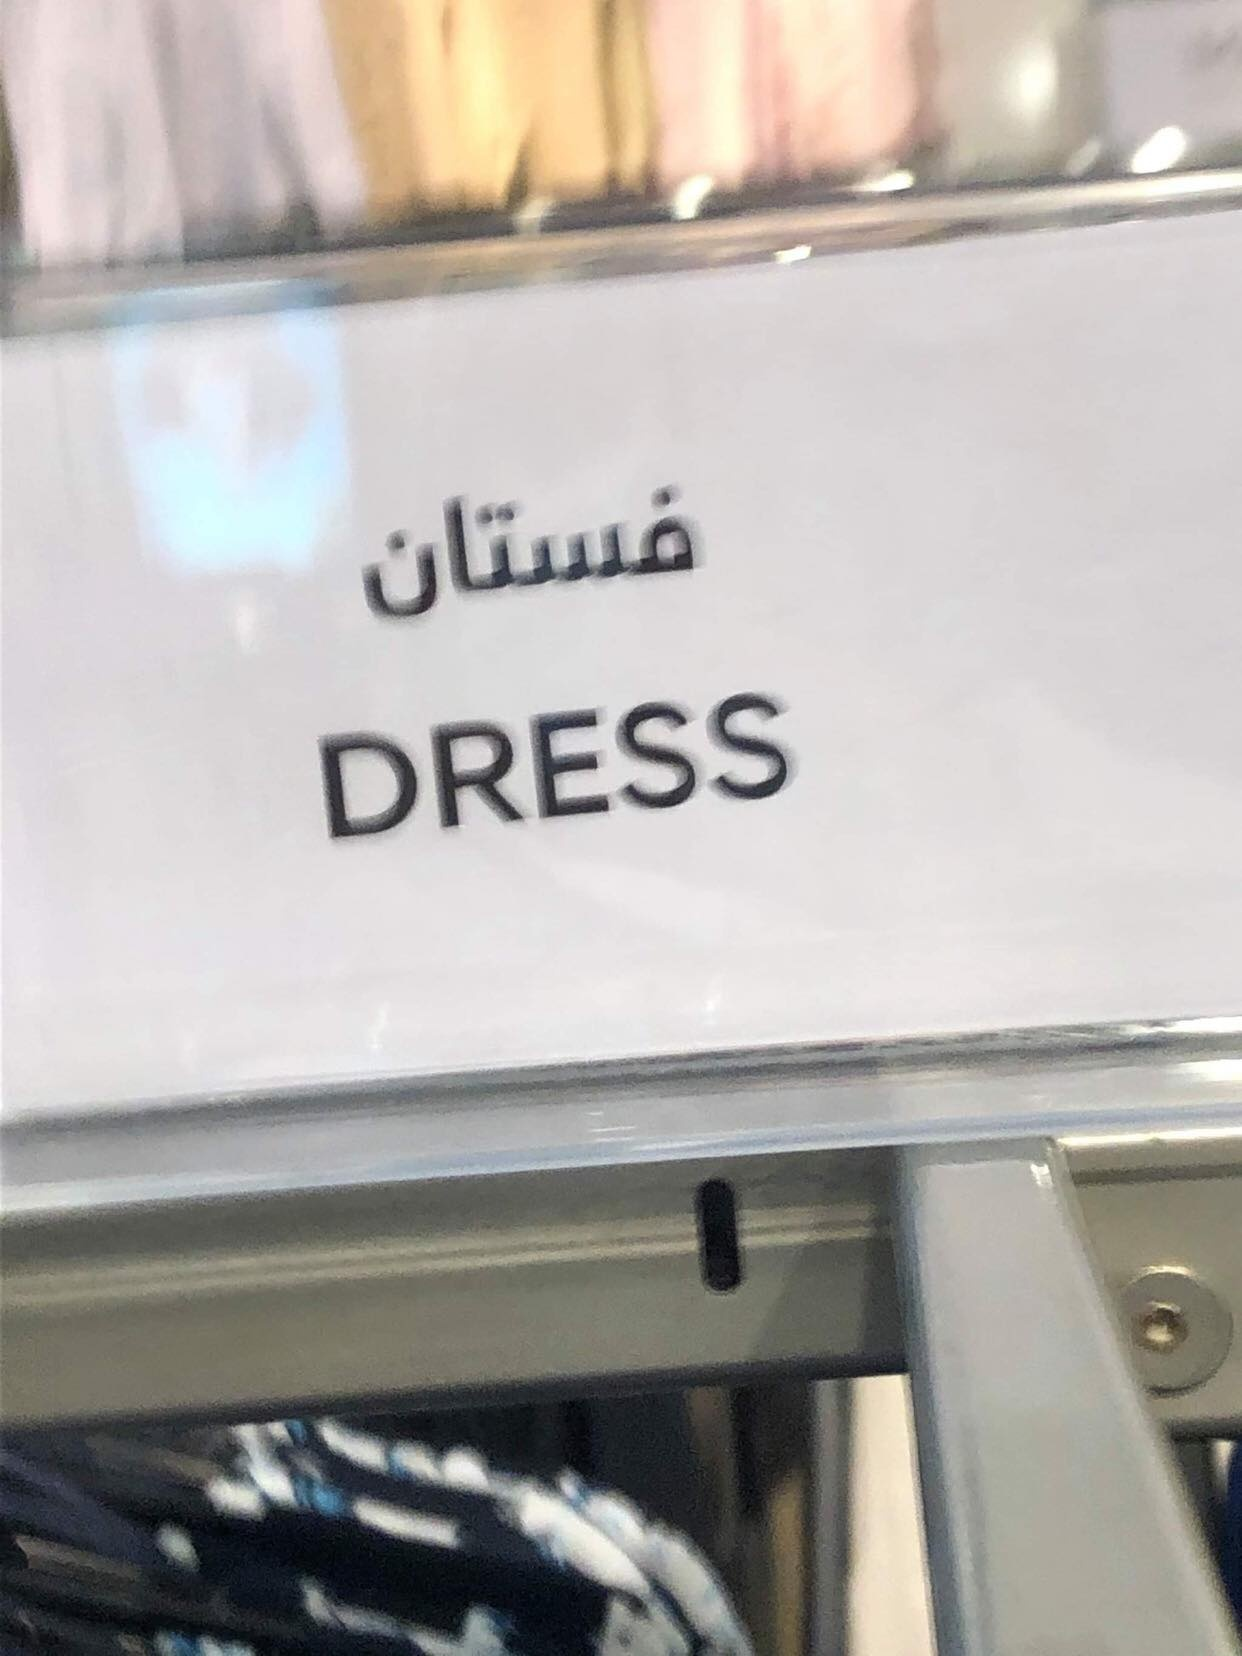
Text in image: فستان DRESS